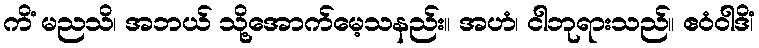
ကိံ မညသိ၊ အဘယ် သို့အောက်မေ့သနည်း။ အဟံ၊ ငါဘုရားသည်။ ဧဝံဝါဒိံ၊